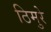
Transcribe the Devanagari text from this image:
ठिमुरे